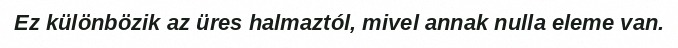
Ez különbözik az üres halmaztól, mivel annak nulla eleme van.